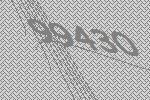
99430